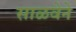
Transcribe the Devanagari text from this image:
साळवेने